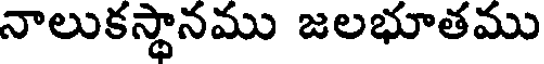
నాలుకస్థానము జలభూతము